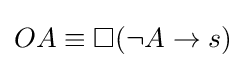
OA\equiv \Box (\lnot A\to s)